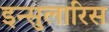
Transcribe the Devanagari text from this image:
इन्सुलारिस